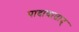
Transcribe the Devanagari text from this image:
पादाघाताद्